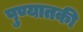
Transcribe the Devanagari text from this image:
पुण्यातकी